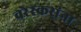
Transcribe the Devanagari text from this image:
वरेरकरांना